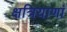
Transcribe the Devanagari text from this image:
क्षत्रियाणां